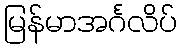
မြန်မာအင်္ဂလိပ်